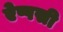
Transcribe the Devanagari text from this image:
ऐप्पसी